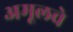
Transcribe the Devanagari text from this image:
अमूलचे